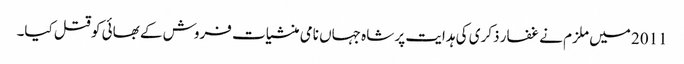
2011 میں ملزم نے غفار ذکری کی ہدایت پر شاہ جہاں نامی منشیات فروش کے بھائی کو قتل کیا۔